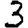
Digit: 3